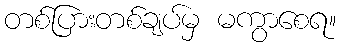
တစ်ပြားတစ်ချပ်မှ မကွာစေရ။